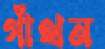
গাঁথন